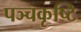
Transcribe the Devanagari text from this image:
पञ्चकृष्टि